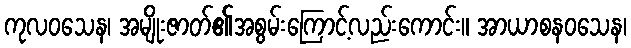
ကုလဝသေန၊ အမျိုးဇာတ်၏အစွမ်းကြောင့်လည်းကောင်း။ အာယာစနဝသေန၊